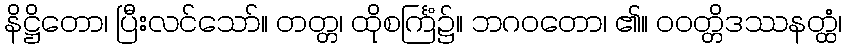
နိဋ္ဌိတော၊ ပြီးလင်သော်။ တတ္တ၊ ထိုစင်္ကြံ၌။ ဘဂဝတော၊ ၏။ ဝဝတ္တိဒဿနတ္ထံ၊